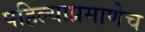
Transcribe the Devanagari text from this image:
पहिल्याप्रमाणेच